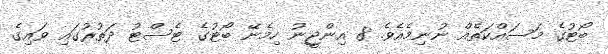
ބޯޓުގެ މަސައްކަތެއް ނުނިމެއެވެ. 8 އިންޖީނު ހިމެނޭ ބޯޓުގެ ޓެސްޓު ދަތުރުގައި ވައިގެ